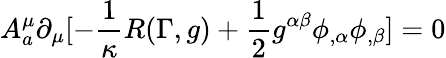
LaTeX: A_{a}^{\mu}\partial_{\mu}[-\frac{1}{\kappa}R(\Gamma,g)+\frac{1}{2}g^{\alpha\beta}\phi_{,\alpha}\phi_{,\beta}]=0